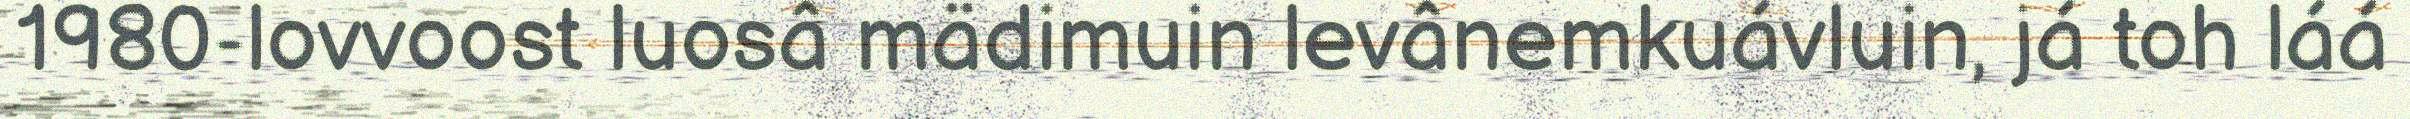
1980-lovvoost luosâ mädimuin levânemkuávluin, já toh láá